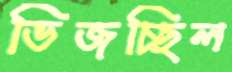
ভিজচ্ছিল